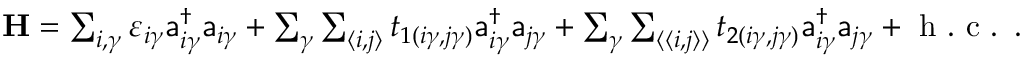
\begin{array} { r } { { \bf H } = \sum _ { i , \gamma } \varepsilon _ { i \gamma } \mathsf { a } _ { i \gamma } ^ { \dagger } \mathsf { a } _ { i \gamma } + \sum _ { \gamma } \sum _ { \langle i , j \rangle } t _ { 1 ( i \gamma , j \gamma ) } \mathsf { a } _ { i \gamma } ^ { \dagger } \mathsf { a } _ { j \gamma } + \sum _ { \gamma } \sum _ { \langle \langle i , j \rangle \rangle } t _ { 2 ( i \gamma , j \gamma ) } \mathsf { a } _ { i \gamma } ^ { \dagger } \mathsf { a } _ { j \gamma } + \mathrm { ~ h ~ . ~ c ~ . ~ } \, . } \end{array}